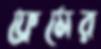
ফ্রেমের